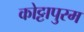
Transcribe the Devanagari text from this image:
कोट्टापुरम